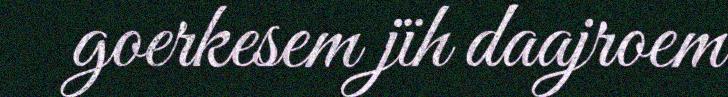
goerkesem jïh daajroem